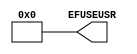
// This program was cloned from: https://github.com/Xilinx/XilinxUnisimLibrary
// License: Apache License 2.0

///////////////////////////////////////////////////////
//     Copyright (c) 2009 Xilinx Inc.
// 
//    Licensed under the Apache License, Version 2.0 (the "License");
//    you may not use this file except in compliance with the License.
//    You may obtain a copy of the License at
// 
//        http://www.apache.org/licenses/LICENSE-2.0
// 
//    Unless required by applicable law or agreed to in writing, software
//    distributed under the License is distributed on an "AS IS" BASIS,
//    WITHOUT WARRANTIES OR CONDITIONS OF ANY KIND, either express or implied.
//    See the License for the specific language governing permissions and
//    limitations under the License.
///////////////////////////////////////////////////////
//   ____   ___
//  /   /\/   / 
// /___/  \  /     Vendor      : Xilinx 
// \  \    \/      Version : 10.1
//  \  \           Description : 
//  /  /                      
// /__/   /\       Filename    : EFUSE_USR.v
// \  \  /  \      Timestamp : Wed Mar 19 12:34:06 2008
//  \__\/\__ \                    
//                                 
// Revision:
//    03/19/08 - Initial version.  
//    12/13/11 - Added `celldefine and `endcelldefine (CR 524859).
// End Revision

`timescale 1 ps / 1 ps 

`celldefine

module EFUSE_USR (
  EFUSEUSR
);

  parameter [31:0] SIM_EFUSE_VALUE = 32'h00000000;

`ifdef XIL_TIMING

  parameter LOC = "UNPLACED";

`endif

    
  output [31:0] EFUSEUSR;

  assign EFUSEUSR = SIM_EFUSE_VALUE;

  specify

      specparam PATHPULSE$ = 0;

  endspecify

endmodule

`endcelldefine